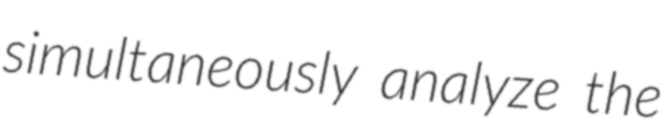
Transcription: simultaneously analyze the